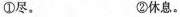
①尽。 ②休息。